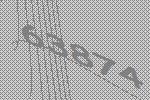
63874